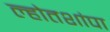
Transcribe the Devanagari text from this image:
ल्होतशांपा